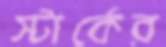
স্টার্কের